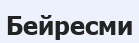
Бейресми